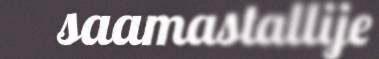
saamastallije